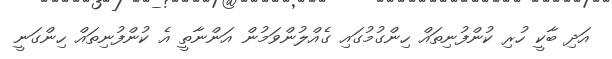
އަދި ބާކީ ހުރި ކުންފުނިތައް ހިންގުމުގައި ގެއްލުންވަމުން އަންނާތީ އެ ކުންފުނިތައް ހިންގަނީ